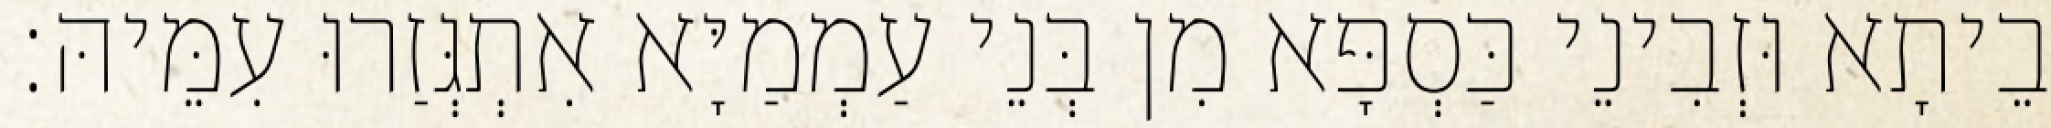
בֵיתָא וּזְבִינֵי כַּסְפָּא מִן בְּנֵי עַמְמַיָּא אִתְגְּזַרוּ עִמֵּיהּ׃